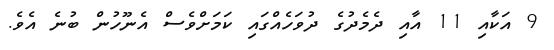
9 އަކާއި 11 އާއި ދެމެދުގެ ދުވަހެއްގައި ކަމަށްވެސް އެނޫހުން ބުނެ އެވެ.